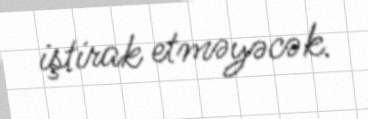
iştirak etməyəcək.